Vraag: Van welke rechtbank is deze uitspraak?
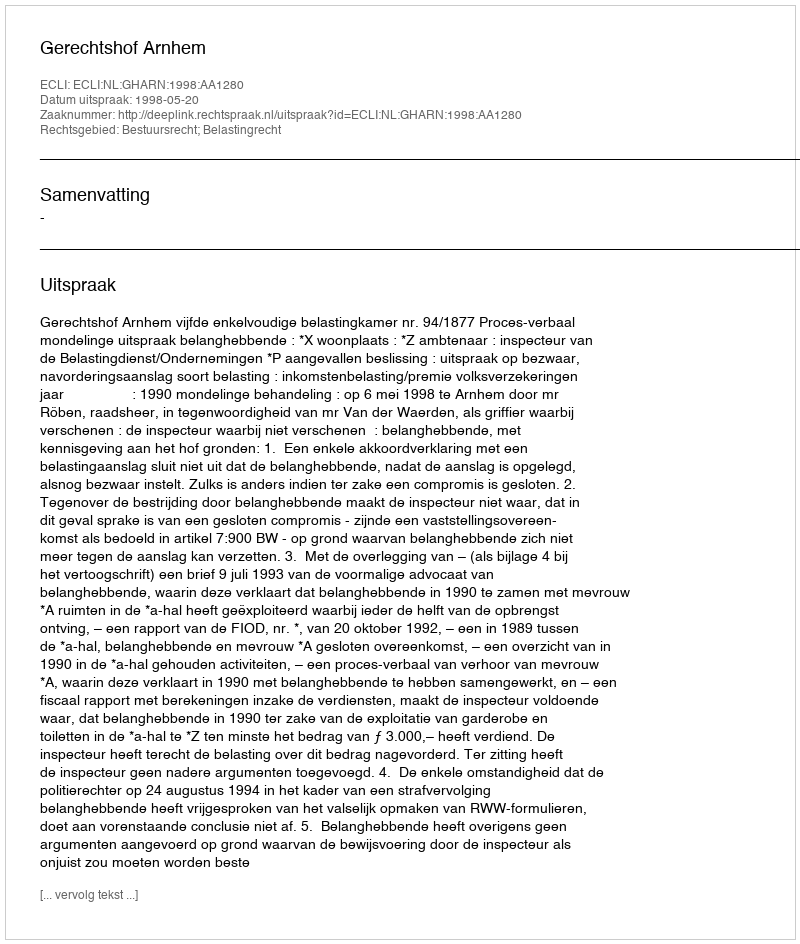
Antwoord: Gerechtshof Arnhem